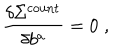
LaTeX: \frac { \delta \Sigma ^ { \mathrm { c o u n t } } } { \delta b ^ { a } } = 0 \; ,